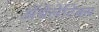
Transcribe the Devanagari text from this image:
ॲथेलेटिक्स